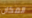
المكان